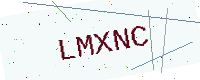
Text: LMXNC